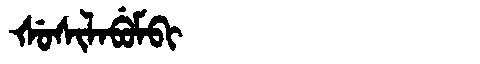
Manchu: ᡧᡠᠰᡳᠯᠠᠪᡠᠮᠪᡳ
Romanization: ŠUSILABUMBI